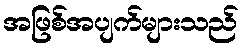
အဖြစ်အပျက်များသည်